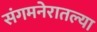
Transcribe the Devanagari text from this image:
संगमनेरातल्या